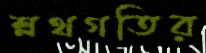
শ্লথগতির